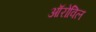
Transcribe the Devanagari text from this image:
ऑरोविल